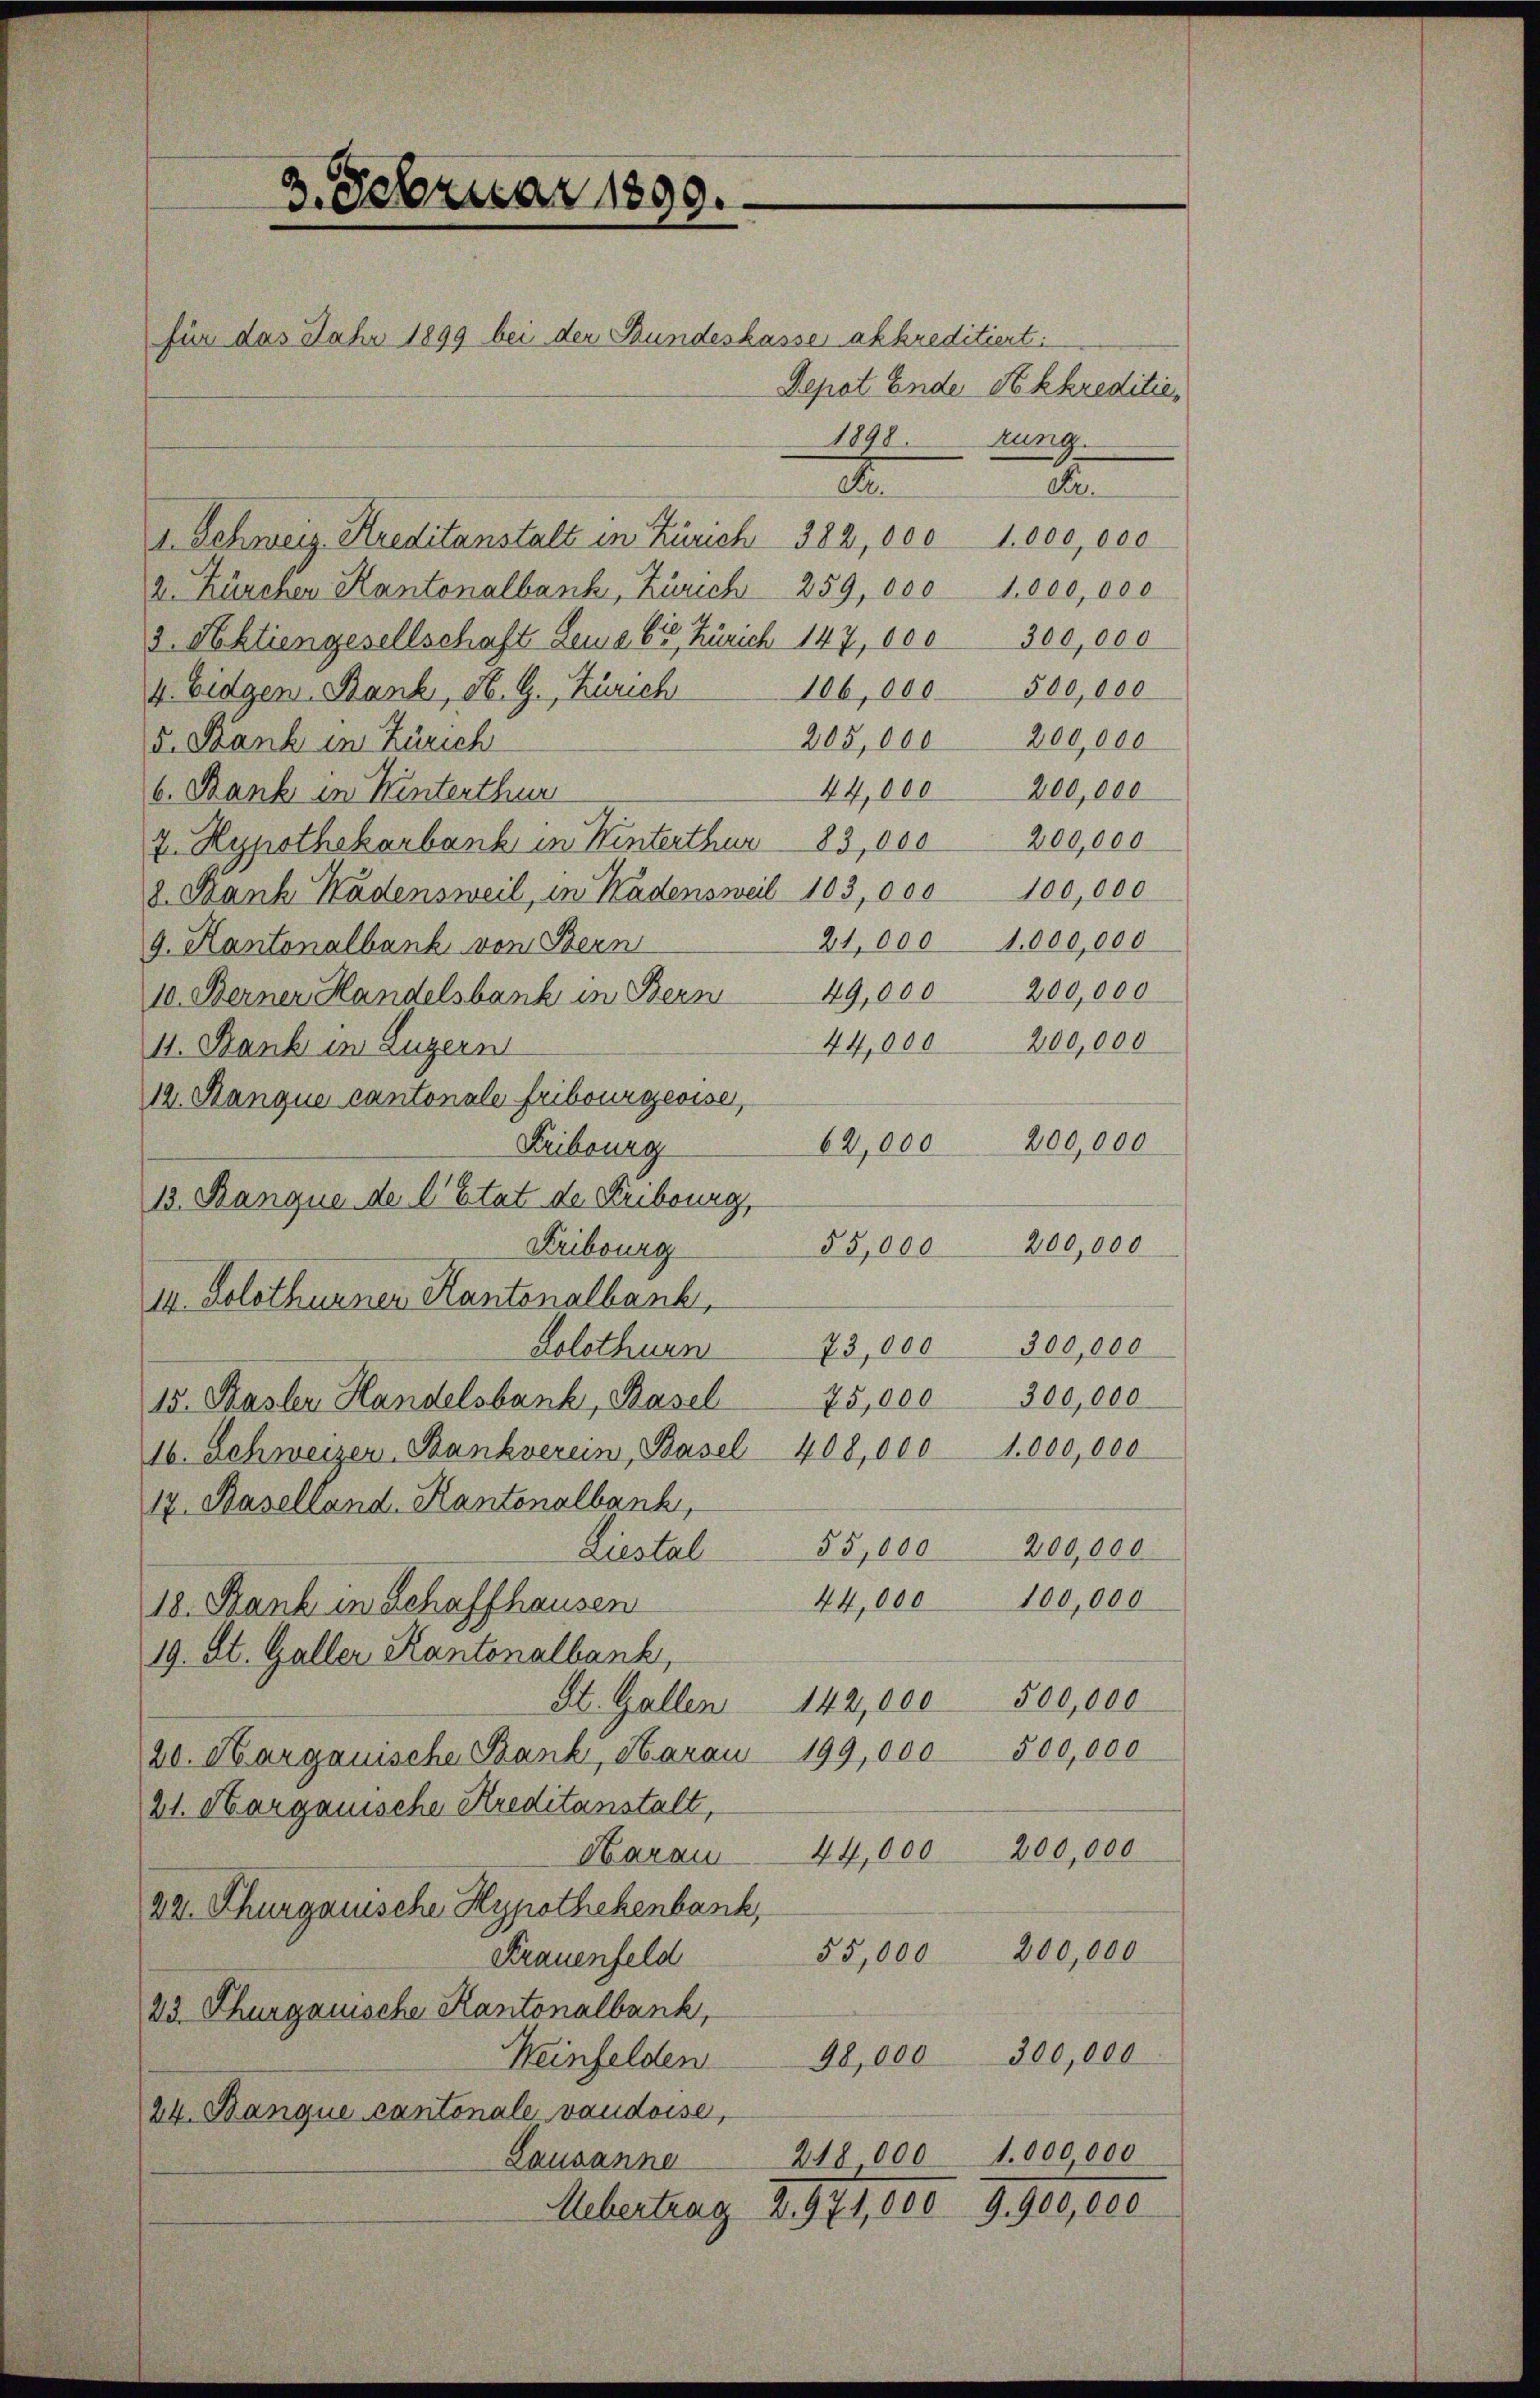
3. Februar 1890.
für das Jahr 1899 bei der Bundeskasses akkreditiert:

Depot Ende Sokkreditie
1898. Zung.
d
1. Schweiz. Kreditanstalt in Zürich 382, 000 1,000,000
2. Kürchen Kantonalbank, Zürich 259, 000 1,000,000
3. Schliengesellschaft Lena 65, Zürich 147, 000 300,000
4. Eidgen. Bank, St. G., Zürich 106,000 500,000
205,000 200,000
v. Bank in Zürich
44,000 200,000
b. Bank in Hinterthur
7. Hypothekarbank in Winterthur 83,000 200,000
8. Dank Kadensweil, in Kadensweil 103, 000 100,000
21,000 1,000,000
9. Kantonalbank von Bern
200,000
49,000
10. Berner Handelsbank in Bern
44,000 200,000
II. Bank in Luzern
12. Manque cantonale Fribourgeoise,
62,000 200,000
Fribourg
13. Banque de l’Etat de Fribourg,
200,000
Fribourg
55,000
i. Solothurner Kantonalbank,
Solothurn 73,000 300,000
300,000
75,000
15. Basler Handelsbank, Basel
16. Schweizer, Bankverein, Basel 408,000 1,000,000
17. Baselland. Kantonalbank,
Liestal 55,000 200,000
44,000 100,000
18. Bank in Schaffhausen
19. St. Galler Kantonalbank,
St. Gallen 142,000 500,000
20. Margauische Bank, Harau 199,000 500,000
21. Margauische Kreditanstalt,
Haran 44,000 200,000
22. Thurgauische Hypothekenbank,
55,000 200,000
Frauenfeld
23. Thurgauische Kantonalbank,
Heinfelden 98,000 300,000
24. Banque cantonale vaudoise,
218 000 1,000,000
Lausanne
9.900,000
Mebertrag Z. 971,800

do